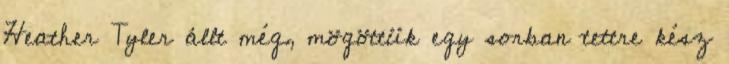
Heather Tyler állt még, mögöttük egy sorban tettre kész